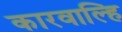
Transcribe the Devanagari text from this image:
कारवाल्हि